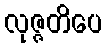
လုဇ္ဇတိပေ